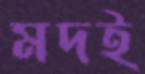
মদই